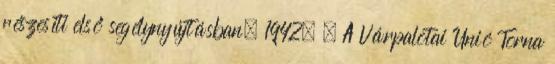
részesíti első segélynyújtásban. 1942. – A Várpalotai Unió Torna